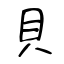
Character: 貝